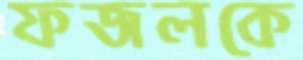
ফজলকে